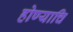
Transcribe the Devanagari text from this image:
होण्याचि